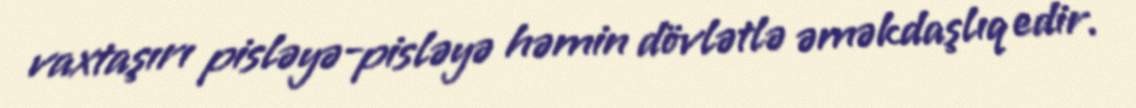
vaxtaşırı pisləyə-pisləyə həmin dövlətlə əməkdaşlıq edir.